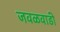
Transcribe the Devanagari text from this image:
जवळवाडी